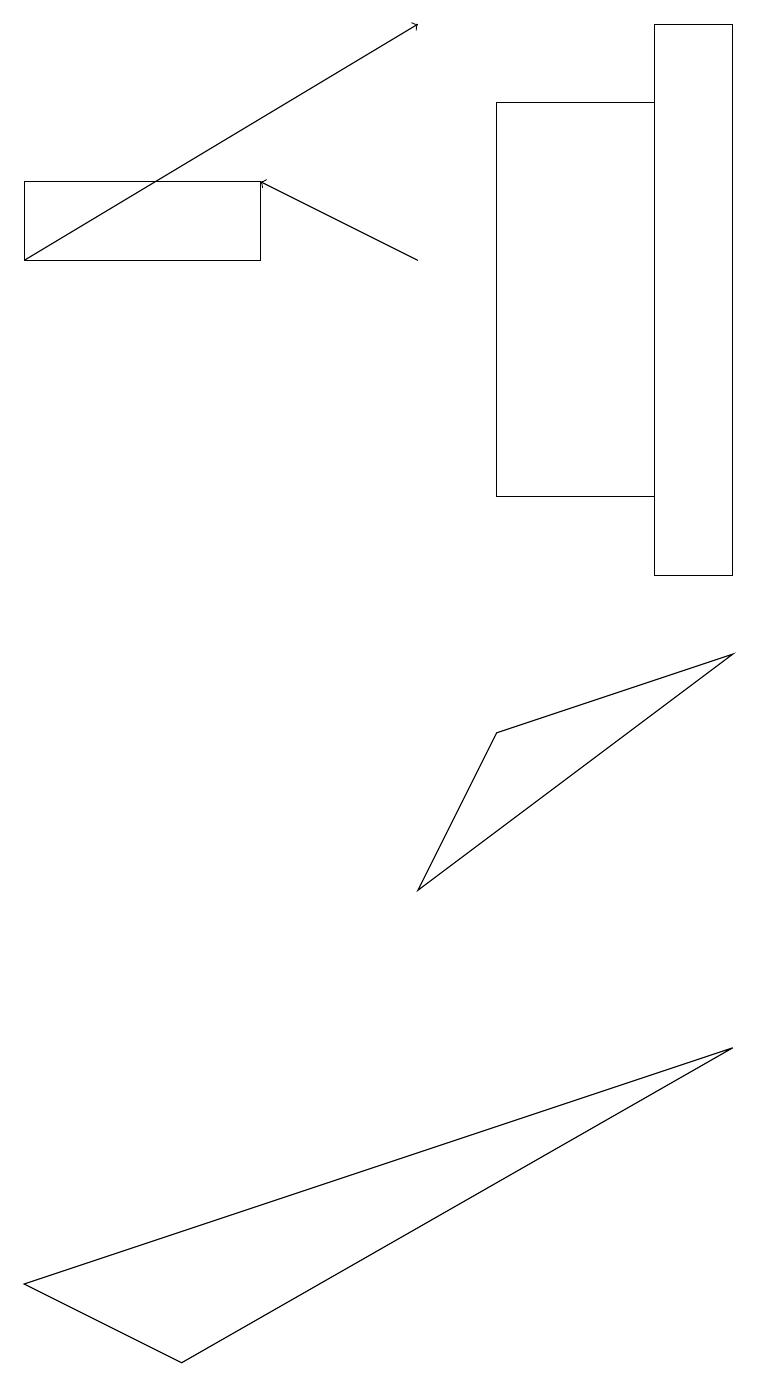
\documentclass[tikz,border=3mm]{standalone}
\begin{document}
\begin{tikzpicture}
\draw (8,10) rectangle (9,17);
\draw (6,8) -- (9,9) -- (5,6) -- cycle;
\draw[->] (0,14) -- (5,17);
\draw (8,16) rectangle (6,11);
\draw (2,0) -- (0,1) -- (9,4) -- cycle;
\draw[->] (5,14) -- (3,15);
\draw (3,14) rectangle (0,15);
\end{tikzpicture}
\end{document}